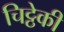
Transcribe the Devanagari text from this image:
चिट्ठेकी